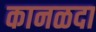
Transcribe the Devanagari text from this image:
कानळदा